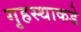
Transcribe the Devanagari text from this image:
गृहस्थाकडे